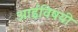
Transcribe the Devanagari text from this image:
आईविषयी